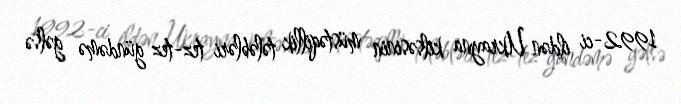
1992-ci ildən Ukrayna kilsəsinin müstəqillik tələbləri tez-tez gündəmə gəlsə